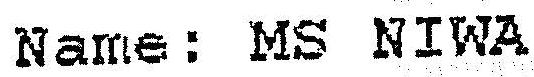
NAME: MS NIWA